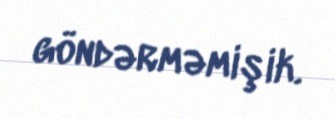
göndərməmişik.